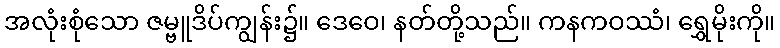
အလုံးစုံသော ဇမ္ဗူဒိပ်ကျွန်း၌။ ဒေဝေ၊ နတ်တို့သည်။ ကနကဝဿံ၊ ရွှေမိုးကို။